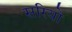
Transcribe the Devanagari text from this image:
सरियो